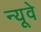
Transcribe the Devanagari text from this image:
न्यूवे